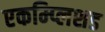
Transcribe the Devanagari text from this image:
एकम्प्लिशड